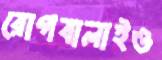
রোগবালাইও